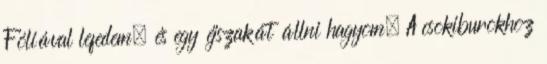
Fóliával lefedem, és egy éjszakát állni hagyom. A csokiburokhoz